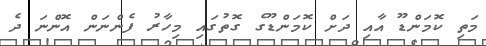
މަތި ކޮމަންޑޫ އާއި ދަށް ކޮމަންޑޫގެ ގޮތުގައި މިހާރު ފެންނަން އޮންނަ ދެ